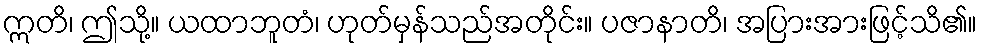
ဣတိ၊ ဤသို့။ ယထာဘူတံ၊ ဟုတ်မှန်သည်အတိုင်း။ ပဇာနာတိ၊ အပြားအားဖြင့်သိ၏။